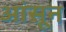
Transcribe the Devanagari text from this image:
आंसून